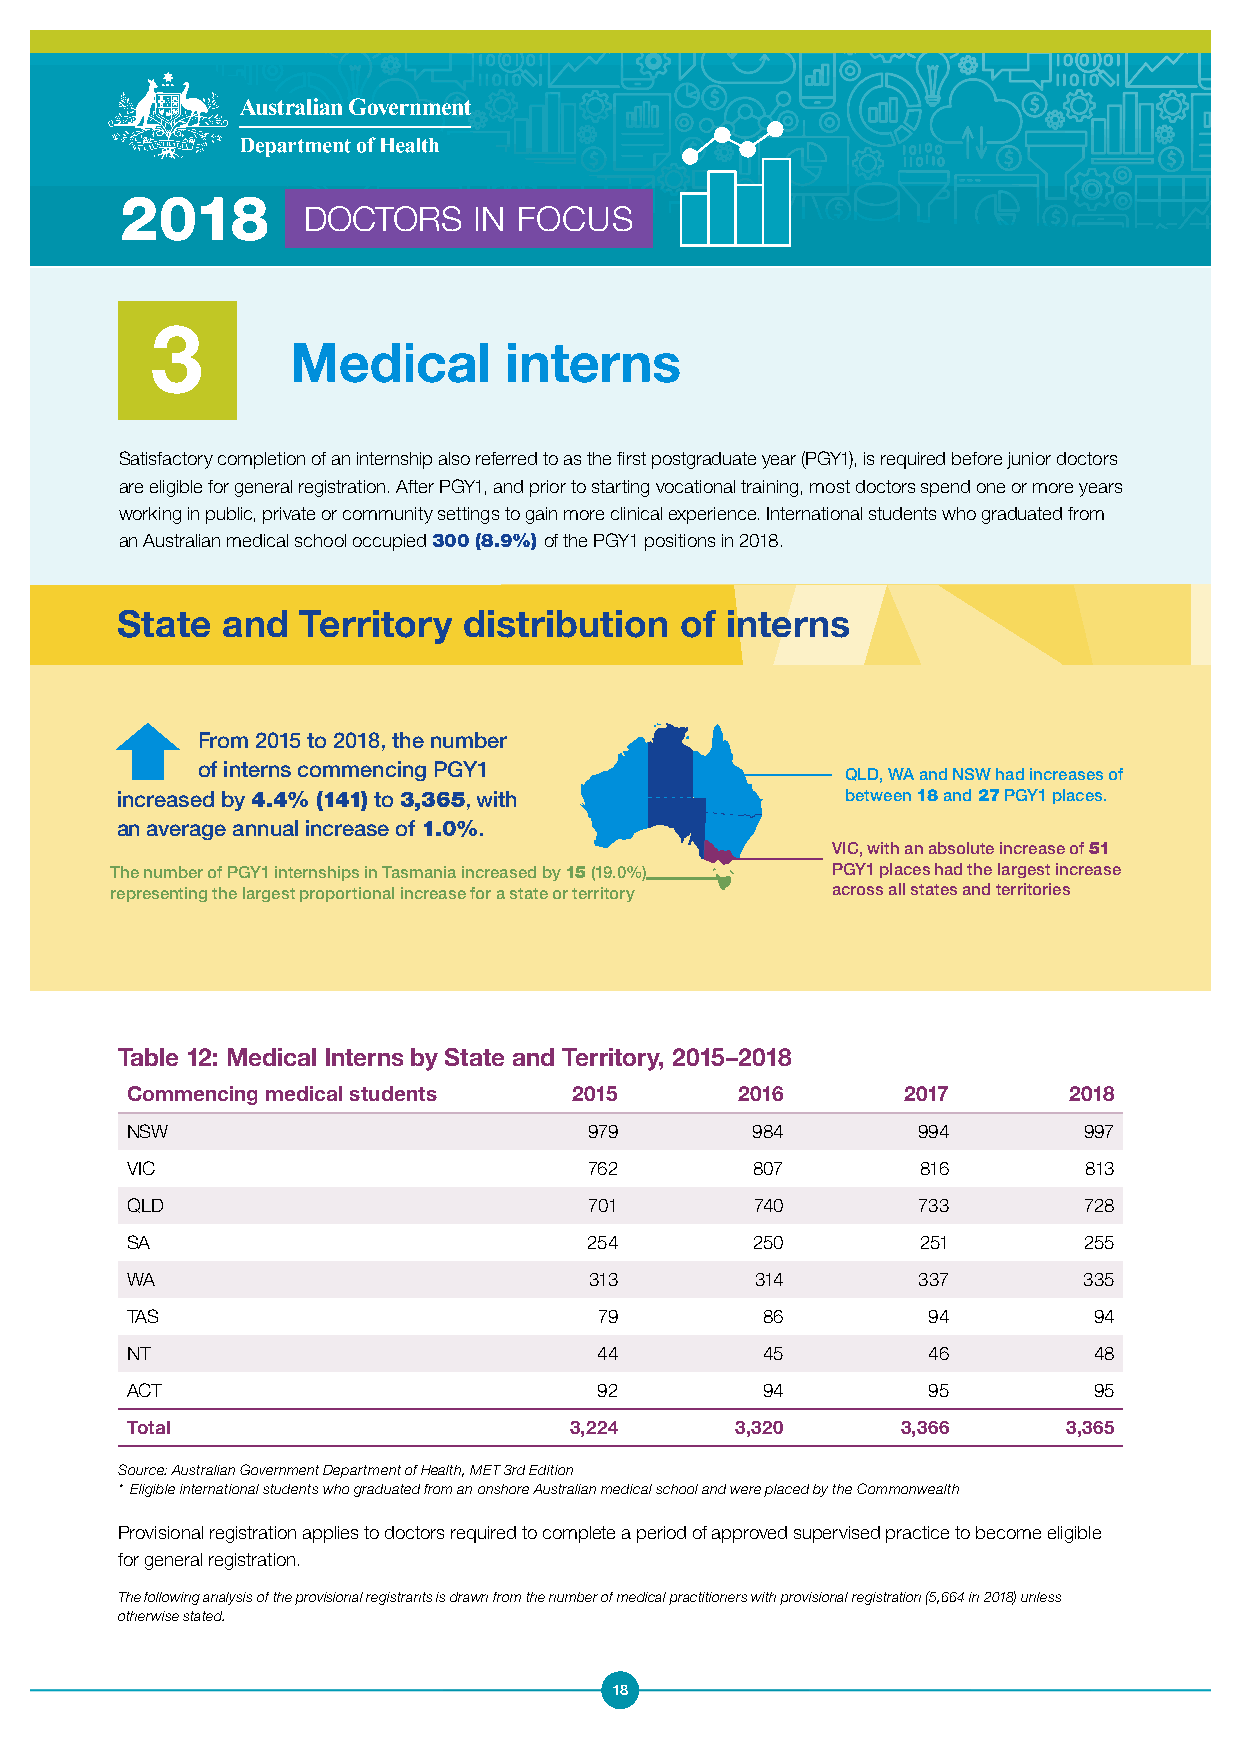
2018
 DOCTORS    IN FOCUS
 3
 Medical       interns
 Satisfactory completion of an internship also referred to as the first postgraduate year (PGY1), is required before junior doctors
 are eligible for general registration. After PGY1, and prior to starting vocational training, most doctors spend one or more years
 working in public, private or community settings to gain more clinical experience. International students who graduated from
 an Australian medical school occupied 300 (8.9%) of the PGY1 positions in 2018.
 State  and  Territory  distribution  of interns
 From 2015 to 2018, the number
 of interns commencing PGY1
 QLD, WA and NSW had increases of
 increased by 4.4% (141) to 3,365, with          between 18 and 27 PGY1 places.
 an average annual increase of 1.0%.
 VIC, with an absolute increase of 51
 The number of PGY1 internships in Tasmania increased by 15 (19.0%) PGY1 places had the largest increase
 representing the largest proportional increase for a state or territory across all states and territories
 Table 12: Medical Interns by State and Territory, 2015–2018
 Commencing medical students   2015       2016       2017       2018
 NSW                            979        984        994        997
 VIC                            762        807        816        813
 QLD                            701        740        733        728
 SA                             254        250        251        255
 WA                             313        314        337        335
 TAS                             79        86         94         94
 NT                              44        45         46         48
 ACT                             92        94         95         95
 Total                         3,224      3,320      3,366      3,365
 Source: Australian Government Department of Health, MET 3rd Edition
 * Eligible international students who graduated from an onshore Australian medical school and were placed by the Commonwealth
 Provisional registration applies to doctors required to complete a period of approved supervised practice to become eligible
 for general registration.
 The following analysis of the provisional registrants is drawn from the number of medical practitioners with provisional registration (5,664 in 2018) unless
 otherwise stated.
 18